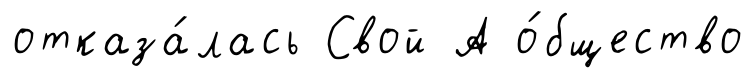
отказа́лась Свой А о́бщество